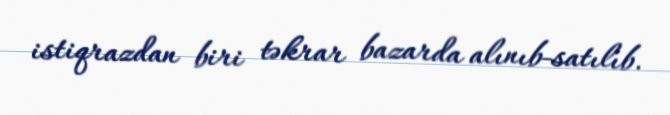
istiqrazdan biri təkrar bazarda alınıb-satılıb.